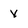
Character: V